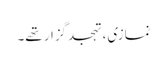
نمازی، تہجدگزار تھے۔